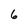
Character: 6